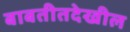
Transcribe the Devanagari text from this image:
बाबतीतदेखील